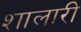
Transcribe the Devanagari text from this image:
शालारी